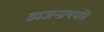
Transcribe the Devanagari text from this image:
व्यजन्प्रथयति